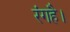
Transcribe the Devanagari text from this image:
रंगहै।